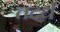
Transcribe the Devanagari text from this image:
तदर्धं